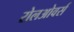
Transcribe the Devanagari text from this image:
रोलओवर्स